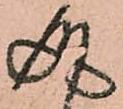
成